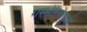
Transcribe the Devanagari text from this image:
गम्भीरतापूर्क